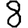
Digit: 8